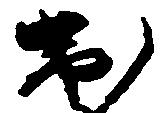
出